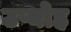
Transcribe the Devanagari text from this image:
उप्योह